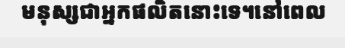
មនុស្សជាអ្នកផលិតនោះទេ។នៅពេល